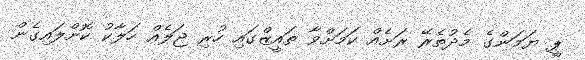
ޕީ ޔަމަންގެ މެދުތެރޭ ރަށެއް ކަމަށްވާ ތައީޒްގައި ހުރި ޖަލެއް ހަލާކު ކޮށްލައިގެން